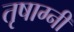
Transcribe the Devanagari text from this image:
तृषाग्नी